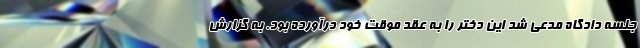
جلسه دادگاه مدعی شد این دختر را به عقد موقت خود درآورده بود. به گزارش